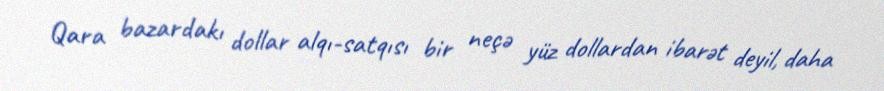
Qara bazardakı dollar alqı-satqısı bir neçə yüz dollardan ibarət deyil, daha